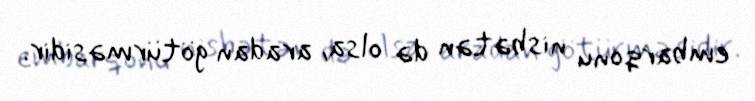
embarqonu nisbətən də olsa, aradan götürməsidir.